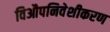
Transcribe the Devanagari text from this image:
विऔपनिवेशीकरण